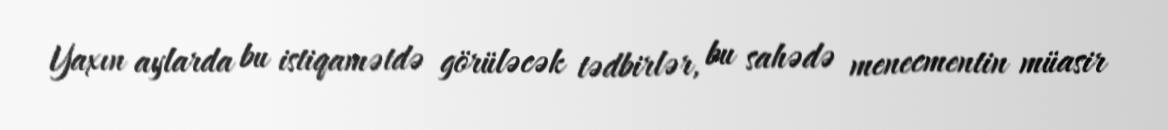
Yaxın aylarda bu istiqamətdə görüləcək tədbirlər, bu sahədə menecmentin müasir